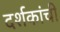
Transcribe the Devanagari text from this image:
दर्शकांची